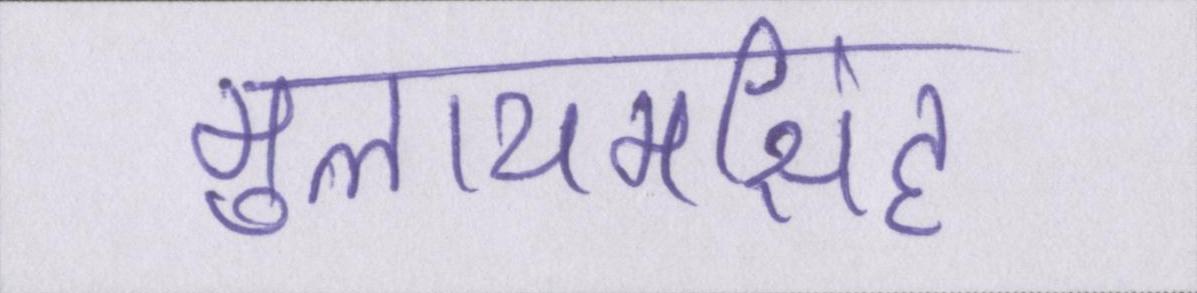
मुलायमसिंह